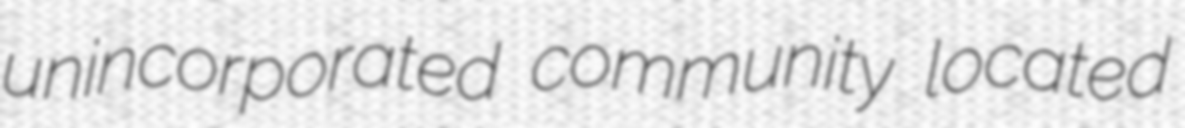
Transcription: unincorporated community located